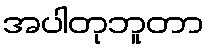
အပါတုဘူတာ